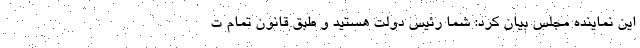
این نماینده مجلس بیان کرد: شما رئیس دولت هستید و طبق قانون تمام ت